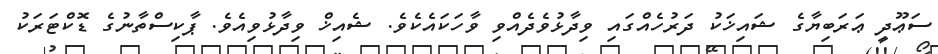
ސަޢޫދީ ޢަރަބިޔާގެ ޝައިޚަކު ދަރުހެއްގައި ވިދާޅުވެދެއްވި ވާހަކައެކެވެ. ޝެއިޚް ވިދާޅުވިއެވެ. ޕާކިސްތާނުގެ ޑޮކްޓަރަކު